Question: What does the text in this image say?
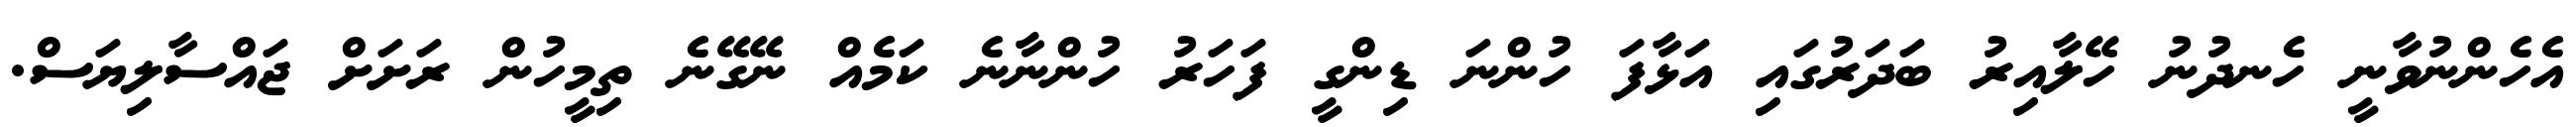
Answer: އެހެންނުވާނީ ހެނދުނު ހޭލާއިރު ބަދަރުގައި އަޅާފަ ހުންނަ ޑިންގީ ފަހަރު ހުންނާނެ ކަމެއް ނޭގޭނެ ތިމީހުން ރަށަށް ޖައްސާލިޔަސް.